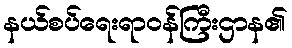
နယ်စပ်ရေးရာဝန်ကြီးဌာန၏